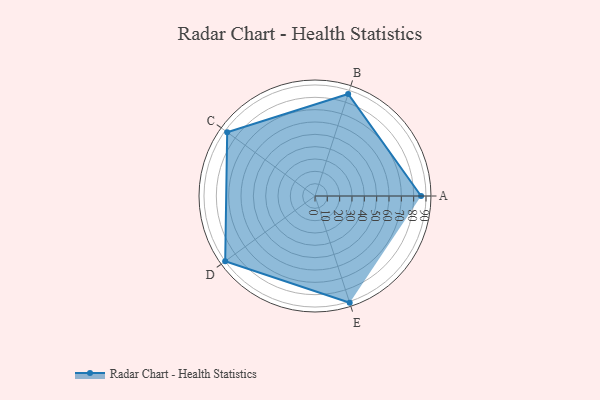
{"axis": {"x": "Skill", "y": "Score"}, "legend": ["Profile"], "data": [{"x": "A", "y": 86.0, "type": "Profile"}, {"x": "B", "y": 87.0, "type": "Profile"}, {"x": "C", "y": 88.0, "type": "Profile"}, {"x": "D", "y": 90.0, "type": "Profile"}, {"x": "E", "y": 91.0, "type": "Profile"}]}